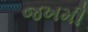
જખમી